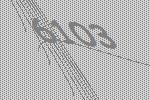
6103